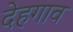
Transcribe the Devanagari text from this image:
देहगाव